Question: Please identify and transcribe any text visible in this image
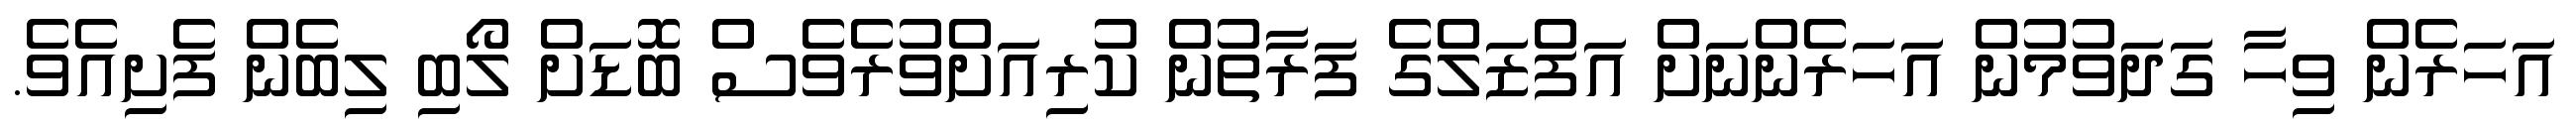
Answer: އަހަރެން ވިހާ ގަދަވުމުން އަހަރެންނަށް އަފްޒަލްގެ ފަރާތުން ކުރިއަށްވުރެވެސް ބޮޑަށް ލޯބި ލިބެން ފެށިއެވެ.